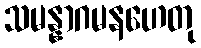
သမန္နာဂမနဟေတု